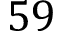
5 9